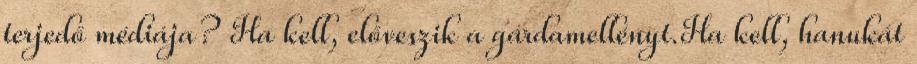
terjedő médiája? Ha kell, előveszik a gárdamellényt.Ha kell, hanukát